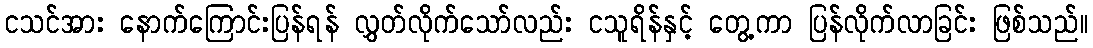
ငသင်အား နောက်ကြောင်းပြန်ရန် လွှတ်လိုက်သော်လည်း ငသူရိန်နှင့် တွေ့ကာ ပြန်လိုက်လာခြင်း ဖြစ်သည်။